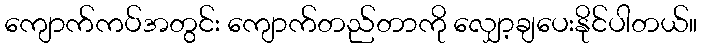
ကျောက်ကပ်အတွင်း ကျောက်တည်တာကို လျှော့ချပေးနိုင်ပါတယ်။